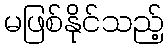
မဖြစ်နိုင်သည့်